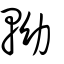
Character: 軪